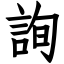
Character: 詢